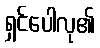
ရှင်ပေါလု၏